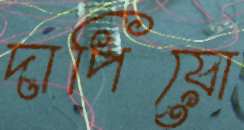
দাপিয়ো